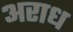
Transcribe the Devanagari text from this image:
अराध